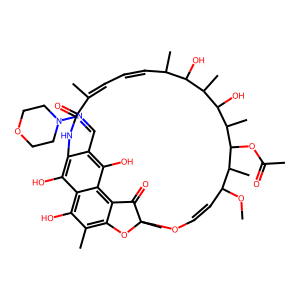
SMILES: COC1C=COC2(C)Oc3c(C)c(O)c4c(O)c(c(C=NN5CCOCC5)c(O)c4c3C2=O)NC(=O)C(C)=CC=CC(C)C(O)C(C)C(O)C(C)C(OC(C)=O)C1C
Inhibits HIV replication: No